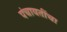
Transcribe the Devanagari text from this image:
पंचायतींचा